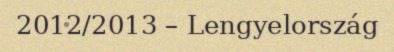
2012/2013 – Lengyelország